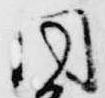
同